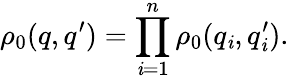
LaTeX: \rho_{0}(q,q^{\prime})=\prod_{\mathit{i}=1}^{n}\rho_{0}(q_{\mathit{i}},q_{\mathit{i}}^{\prime}).